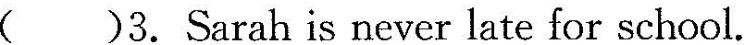
( )3.Sarah is never late for school.